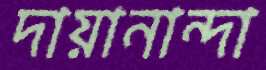
দায়ানান্দা